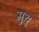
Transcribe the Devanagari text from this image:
मुथू